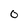
Character: O